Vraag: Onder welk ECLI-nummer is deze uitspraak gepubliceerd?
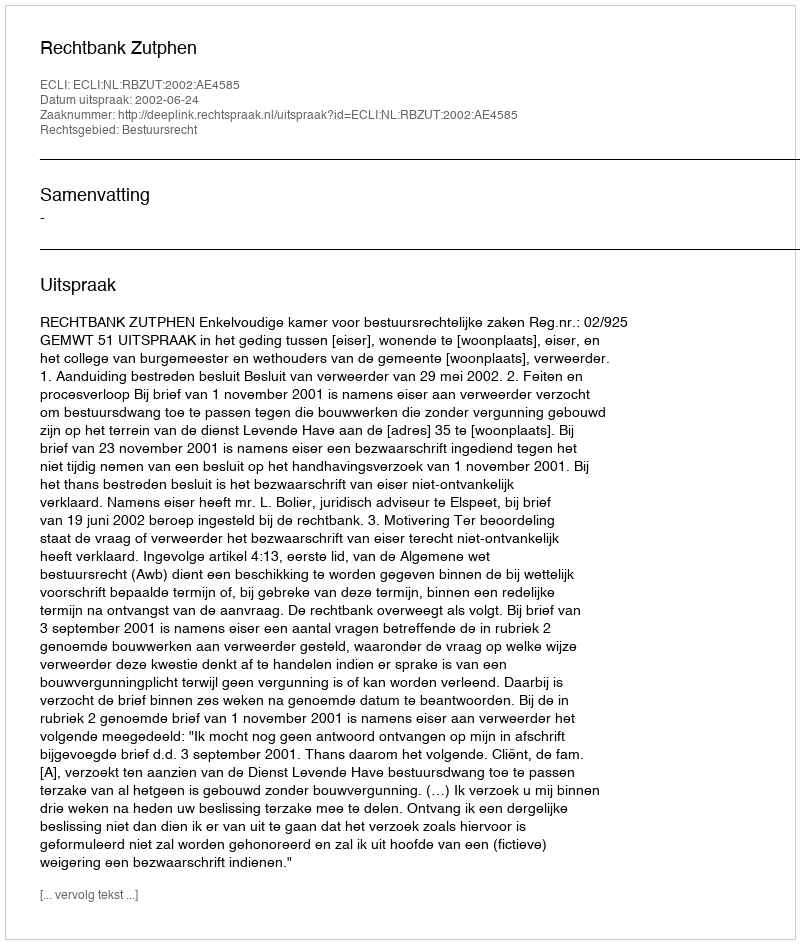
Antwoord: ECLI:NL:RBZUT:2002:AE4585